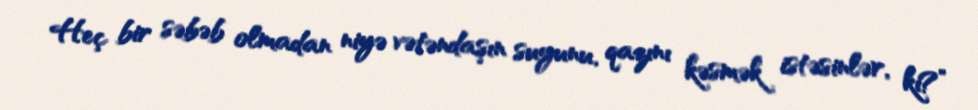
Heç bir səbəb olmadan niyə vətəndaşın suyunu, qazını kəsmək istəsinlər, ki?”